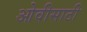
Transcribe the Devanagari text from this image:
ओवीसाठी